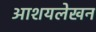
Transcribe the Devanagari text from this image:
आशयलेखन